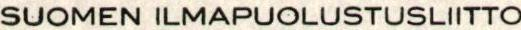
SUOMEN ILMAPUOLUSTUSLIITTO